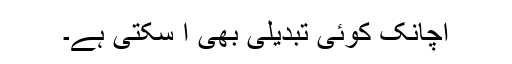
اچانک کوئی تبدیلی بھی آ سکتی ہے۔